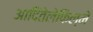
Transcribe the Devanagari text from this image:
आदितेलेफिल्में